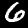
Digit: 6